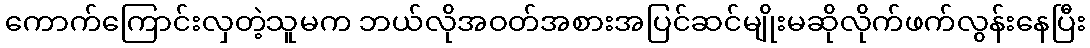
ကောက်ကြောင်းလှတဲ့သူမက ဘယ်လိုအဝတ်အစားအပြင်ဆင်မျိုးမဆိုလိုက်ဖက်လွန်းနေပြီး